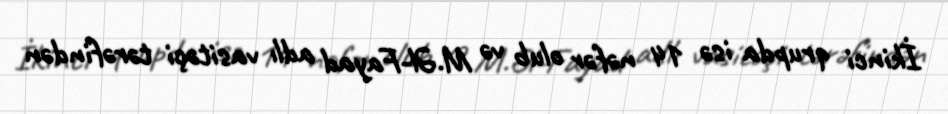
İkinci qrupda isə 14 nəfər olub və M.Əl-Fayad adlı vasitəçi tərəfindən